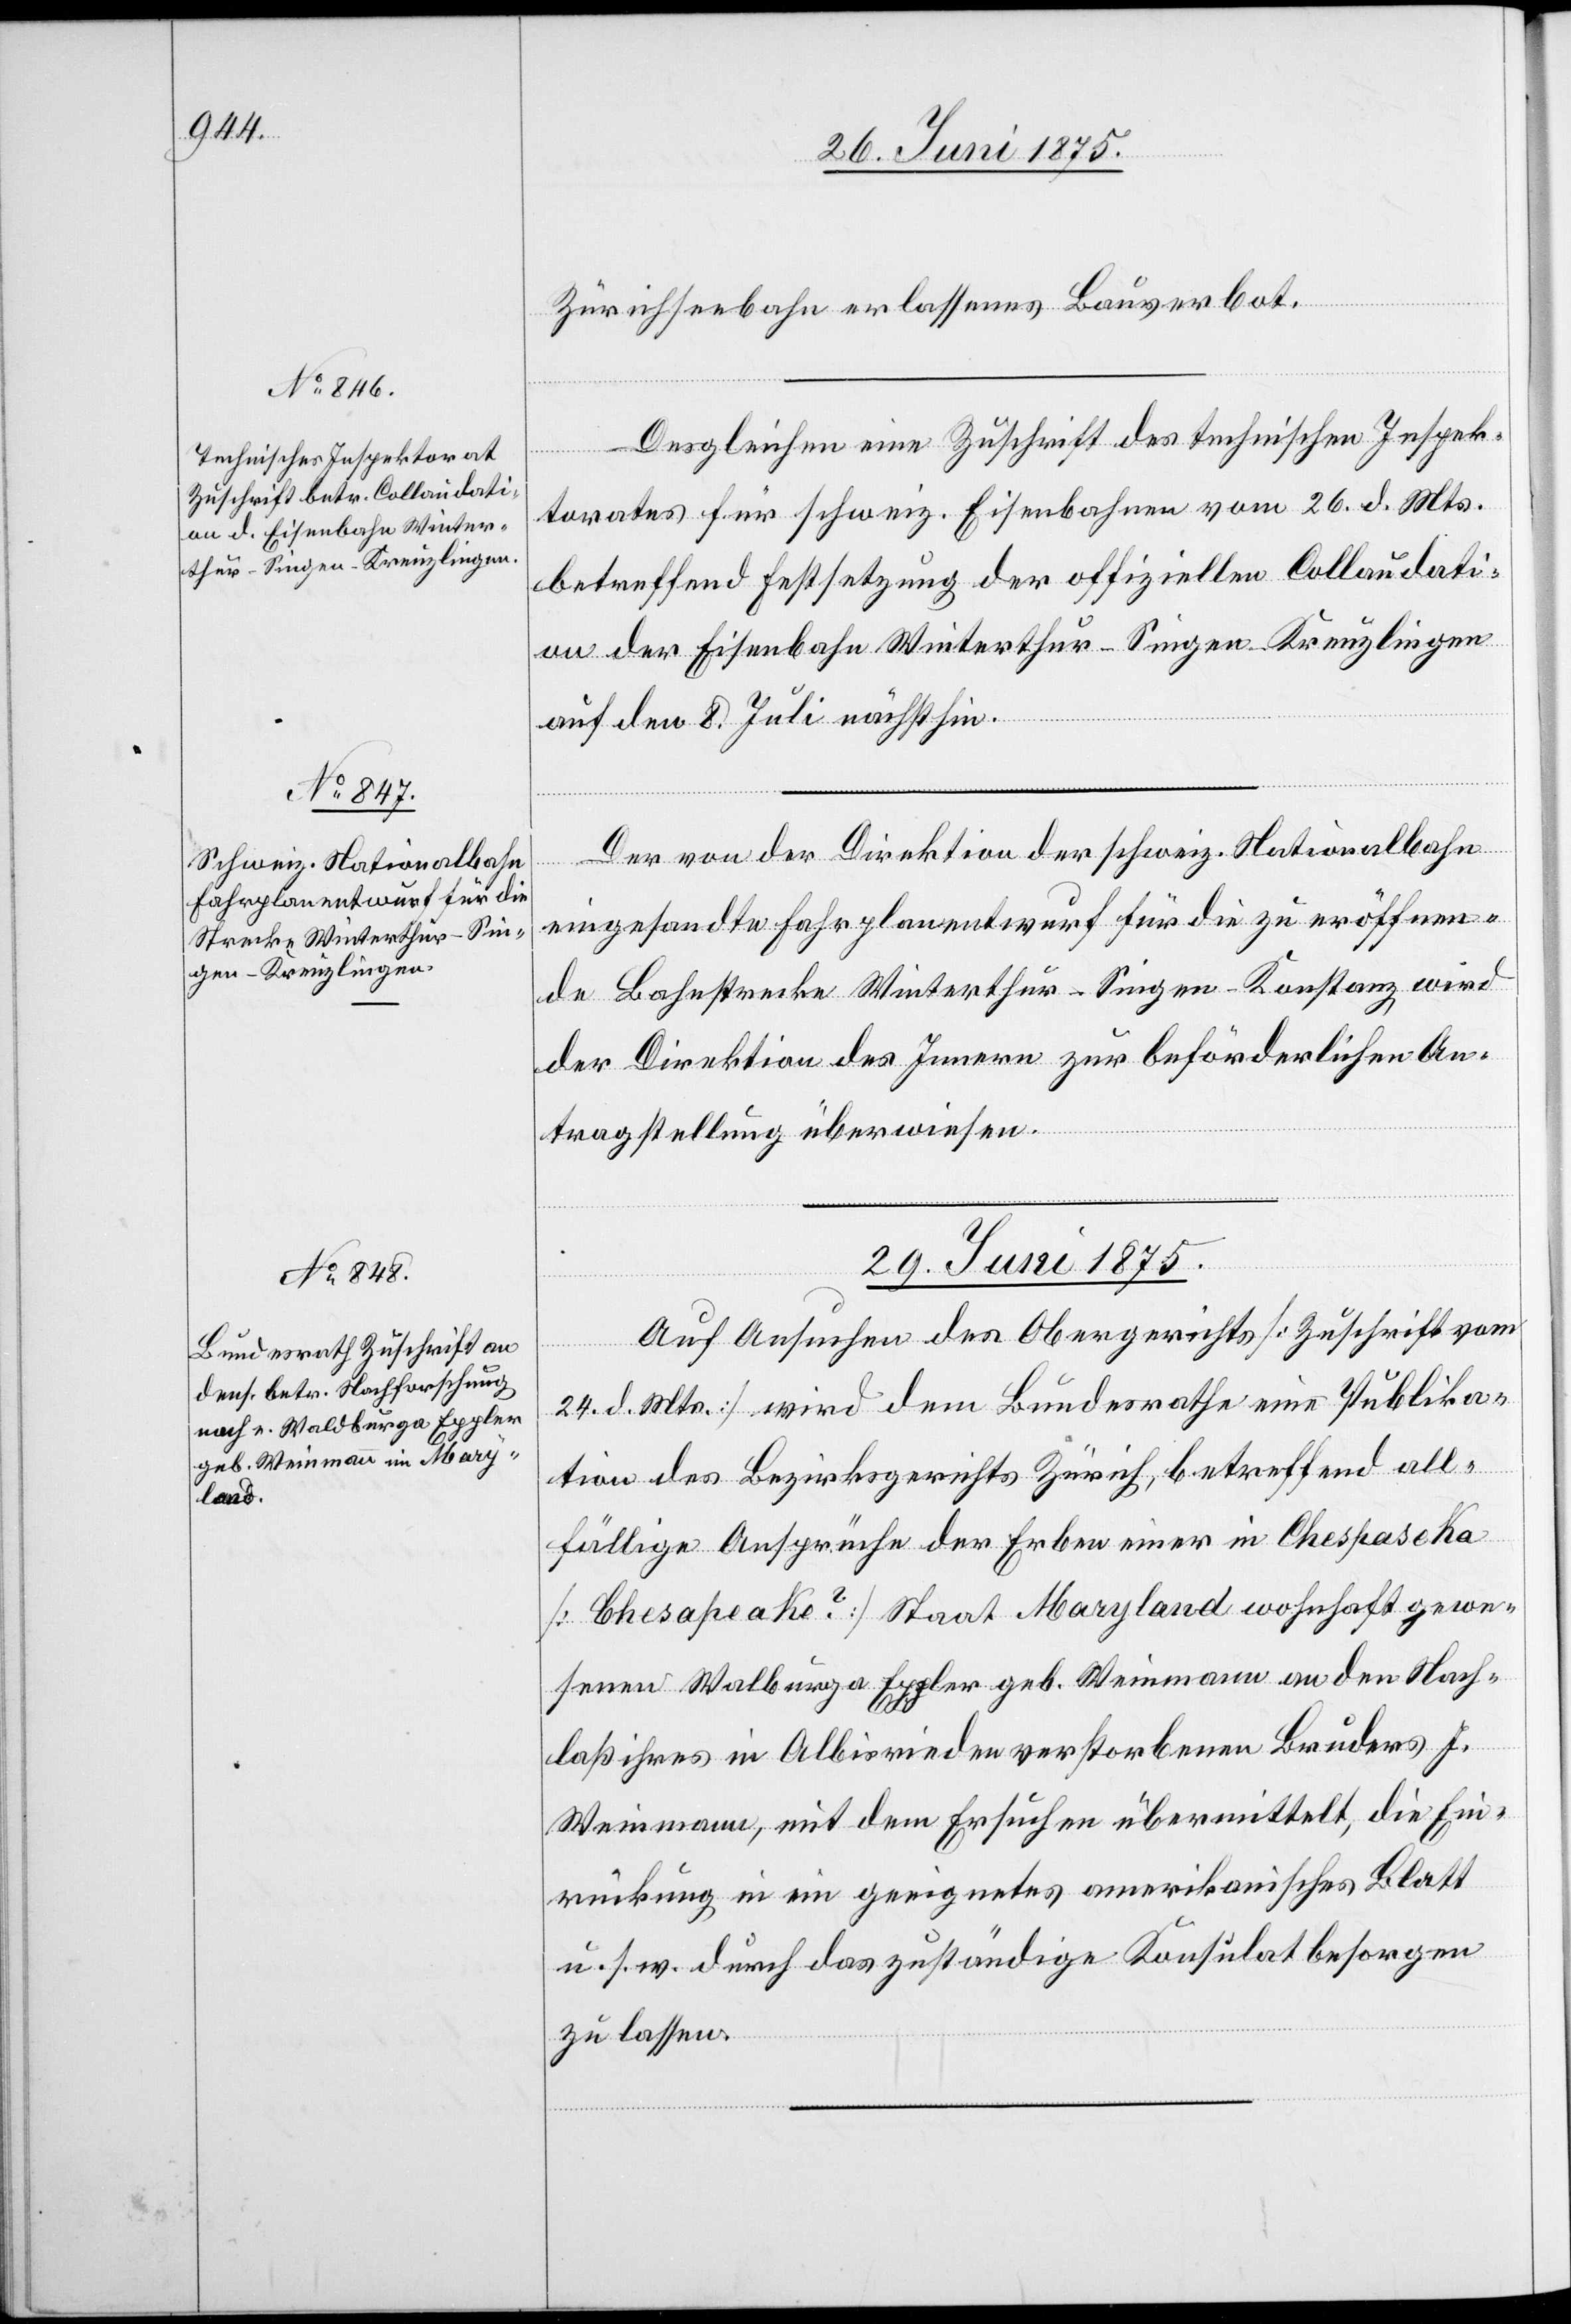
28. Juni 1875.]
Zürichseebahn erlassenes Bauverbot.
Desgleichen eine Zuschrift des technischen Inspek¬
torates für schweiz. Eisenbahnen vom 26. d. Mts.
betreffend Festsetzung der offiziellen Collaudati¬
on der Eisenbahn Winterthur–Singen–Kreuzlingen
auf den 8. Juli nächsthin.
Der von der Direktion der schweiz. Nationalbahn
eingesandte Fahrplanentwurf für die zu eröffnen¬
de Bahnstrecke Winterthur–Singen–Konstanz [r¬
der Direktion des Innern zur beförderlichen An¬
tragstellung überwiesen.
29. Juni 1875.
Auf Anfrage des Obergerichts [Zuschrift vom
wird
24. d. Mts.] wird dem Bundesrathe eine Publika¬
tion des Bezirksgerichtes Zürich, betreffend all¬
fällige Ansprüche der Erben einer in Chespaseka
[Chesapeake?] Staat Maryland wohnhaft gewe¬
senen Waldburga Eppler geb. Weinmann an den Nach¬
laß ihres in Albisrieden verstorbenen Bruders J.
Weinmann, mit dem Ersuchen übermittelt, die Ein¬
rückung in ein geeignetes amerikanisches Blatt
u. s. w. durch das zuständige Konsulat besorgen
zu lassen.